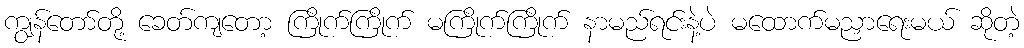
ကျွန်တော်တို့ ခေတ်ကျတော့ ကြိုက်ကြိုက် မကြိုက်ကြိုက် နာမည်ရင်းနဲ့ပဲ မထောက်မညှာရေးမယ် ဆိုတဲ့